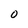
Character: 0